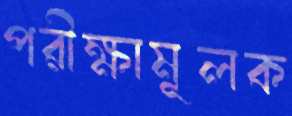
পরীক্ষামূলক